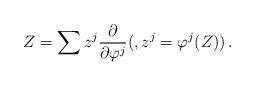
LaTeX: \begin{align*}Z=\sum z^j\frac{\partial}{\partial\varphi^j}(, z^j=\varphi^j(Z))\,.\end{align*}